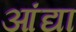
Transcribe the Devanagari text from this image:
आंद्या